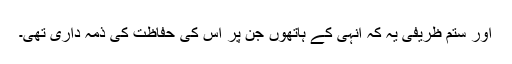
اور ستم ظریفی یہ کہ انہی کے ہاتھوں جن پر اس کی حفاظت کی ذمہ داری تھی۔